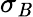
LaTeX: \sigma_{\mathit{B}}